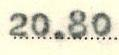
20.80